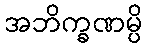
အဘိက္ခဏမ္ပိ